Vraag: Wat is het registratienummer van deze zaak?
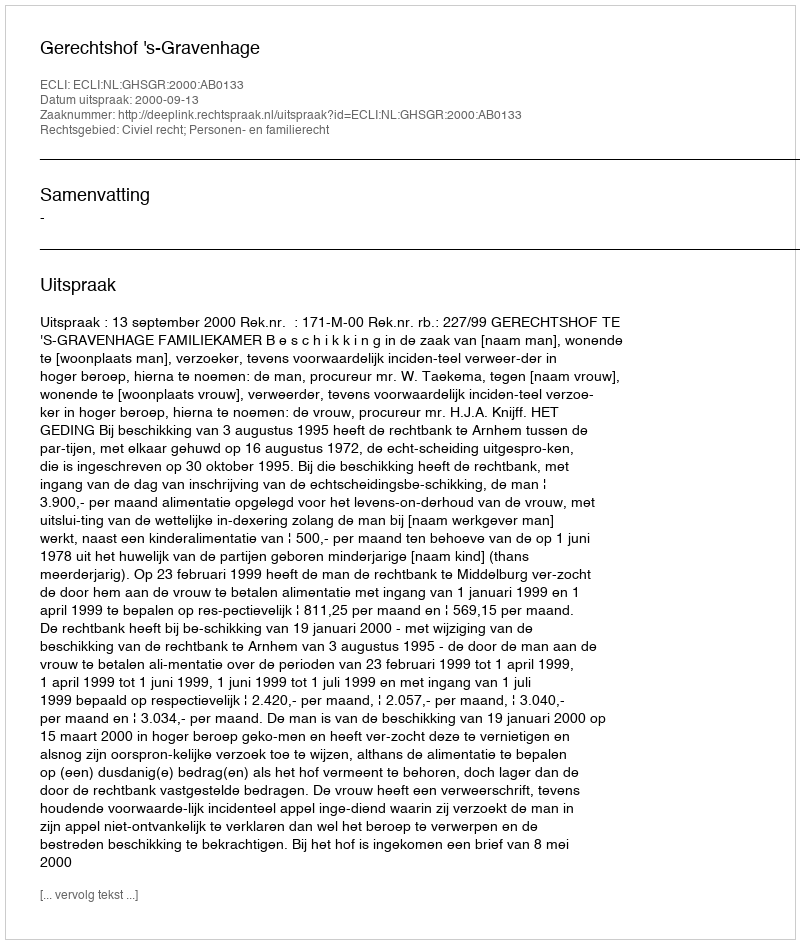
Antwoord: http://deeplink.rechtspraak.nl/uitspraak?id=ECLI:NL:GHSGR:2000:AB0133